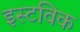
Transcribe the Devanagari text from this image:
इस्टविक